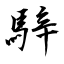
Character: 騂